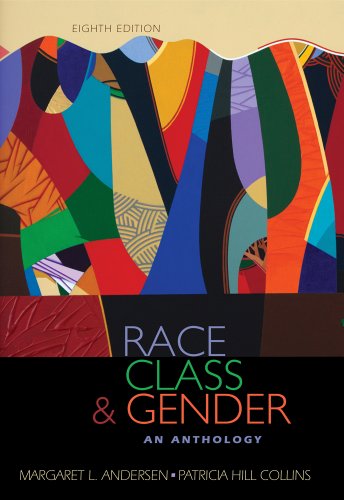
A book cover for Race, Class, & Gender: An Anthology; Margaret L. Andersen; Politics & Social Sciences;